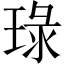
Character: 琭